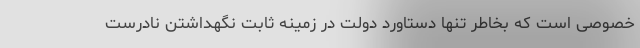
خصوصی است که بخاطر تنها دستاورد دولت در زمینه ثابت نگهداشتن نادرست